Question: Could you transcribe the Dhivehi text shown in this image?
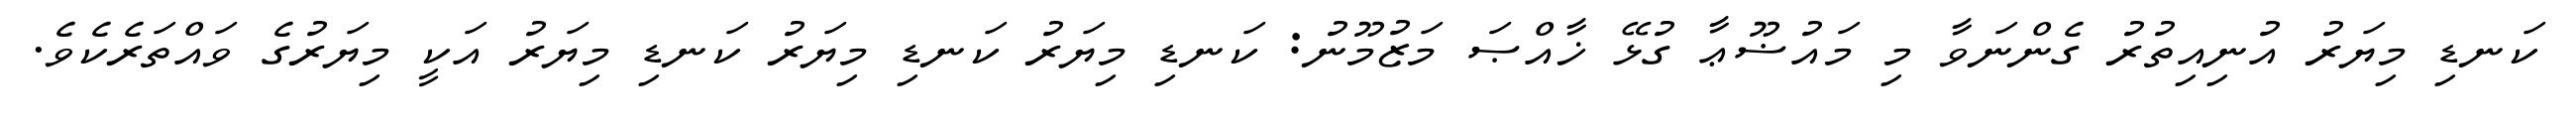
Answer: ކަނޑި މިޔަރު އުނިއިތުރު ގެންނަވާ މި މައުޟޫޢާ ގުޅޭ ޚާއްޞަ މަޒުމޫނު: ކަނޑި މިޔަރު ކަނޑި މިޔަރު ކަނޑި މިޔަރު އަކީ މިޔަރުގެ ވައްތަރެކެވެ.